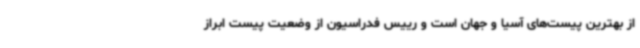
از بهترین پیست‌های آسیا و جهان است و رییس فدراسیون از وضعیت پیست ابراز